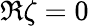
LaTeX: \Re\zeta=0